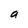
Character: a